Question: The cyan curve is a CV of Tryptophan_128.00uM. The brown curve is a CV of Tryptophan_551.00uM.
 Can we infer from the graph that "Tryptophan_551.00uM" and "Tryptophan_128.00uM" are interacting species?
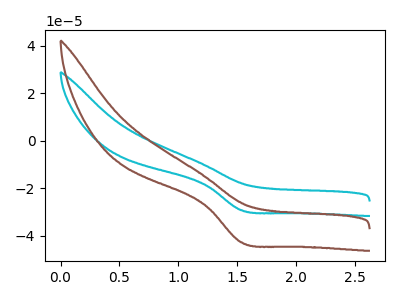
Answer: <think>The cyan curve "Tryptophan_128.00uM" has a cathodic peak at: (1.55V, -29.25uA). The brown curve "Tryptophan_551.00uM" has a cathodic peak at: (1.55V, -42.80uA).
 All the peaks in "Tryptophan_551.00uM" have a peak in "Tryptophan_128.00uM" at the same potential. Every peak in "Tryptophan_551.00uM" is higher than every peak in "Tryptophan_128.00uM".</think>
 <answer>No, "Tryptophan_551.00uM" and "Tryptophan_128.00uM" don't appear to be significantly different in shape</answer>
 <eval>no_change</eval>